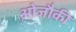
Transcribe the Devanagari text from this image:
ओजौकी